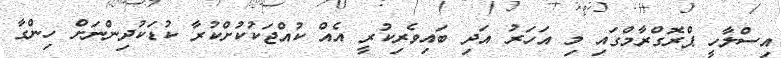
އިސްލާހީ ޕްރޮގްރާމްގައި މި އަހަރު އަދި ބައިވެރިކުރީ އެއް ކުއްޖަކުކުށްކުރާ ކުޑަކުދިންނަށް ހިންގާ